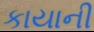
કાયાની